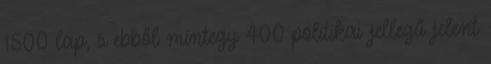
1500 lap, s ebből mintegy 400 politikai jellegű jelent